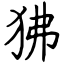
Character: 狒